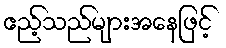
ဧည့်သည်များအနေဖြင့်